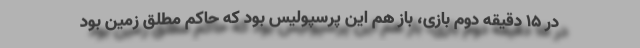
در ١۵ دقیقه دوم بازی، باز هم این پرسپولیس بود که حاکم مطلق زمین بود